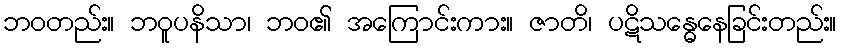
ဘဝတည်း။ ဘဝူပနိသာ၊ ဘဝ၏ အကြောင်းကား။ ဇာတိ၊ ပဋိသန္ဓေနေခြင်းတည်း။